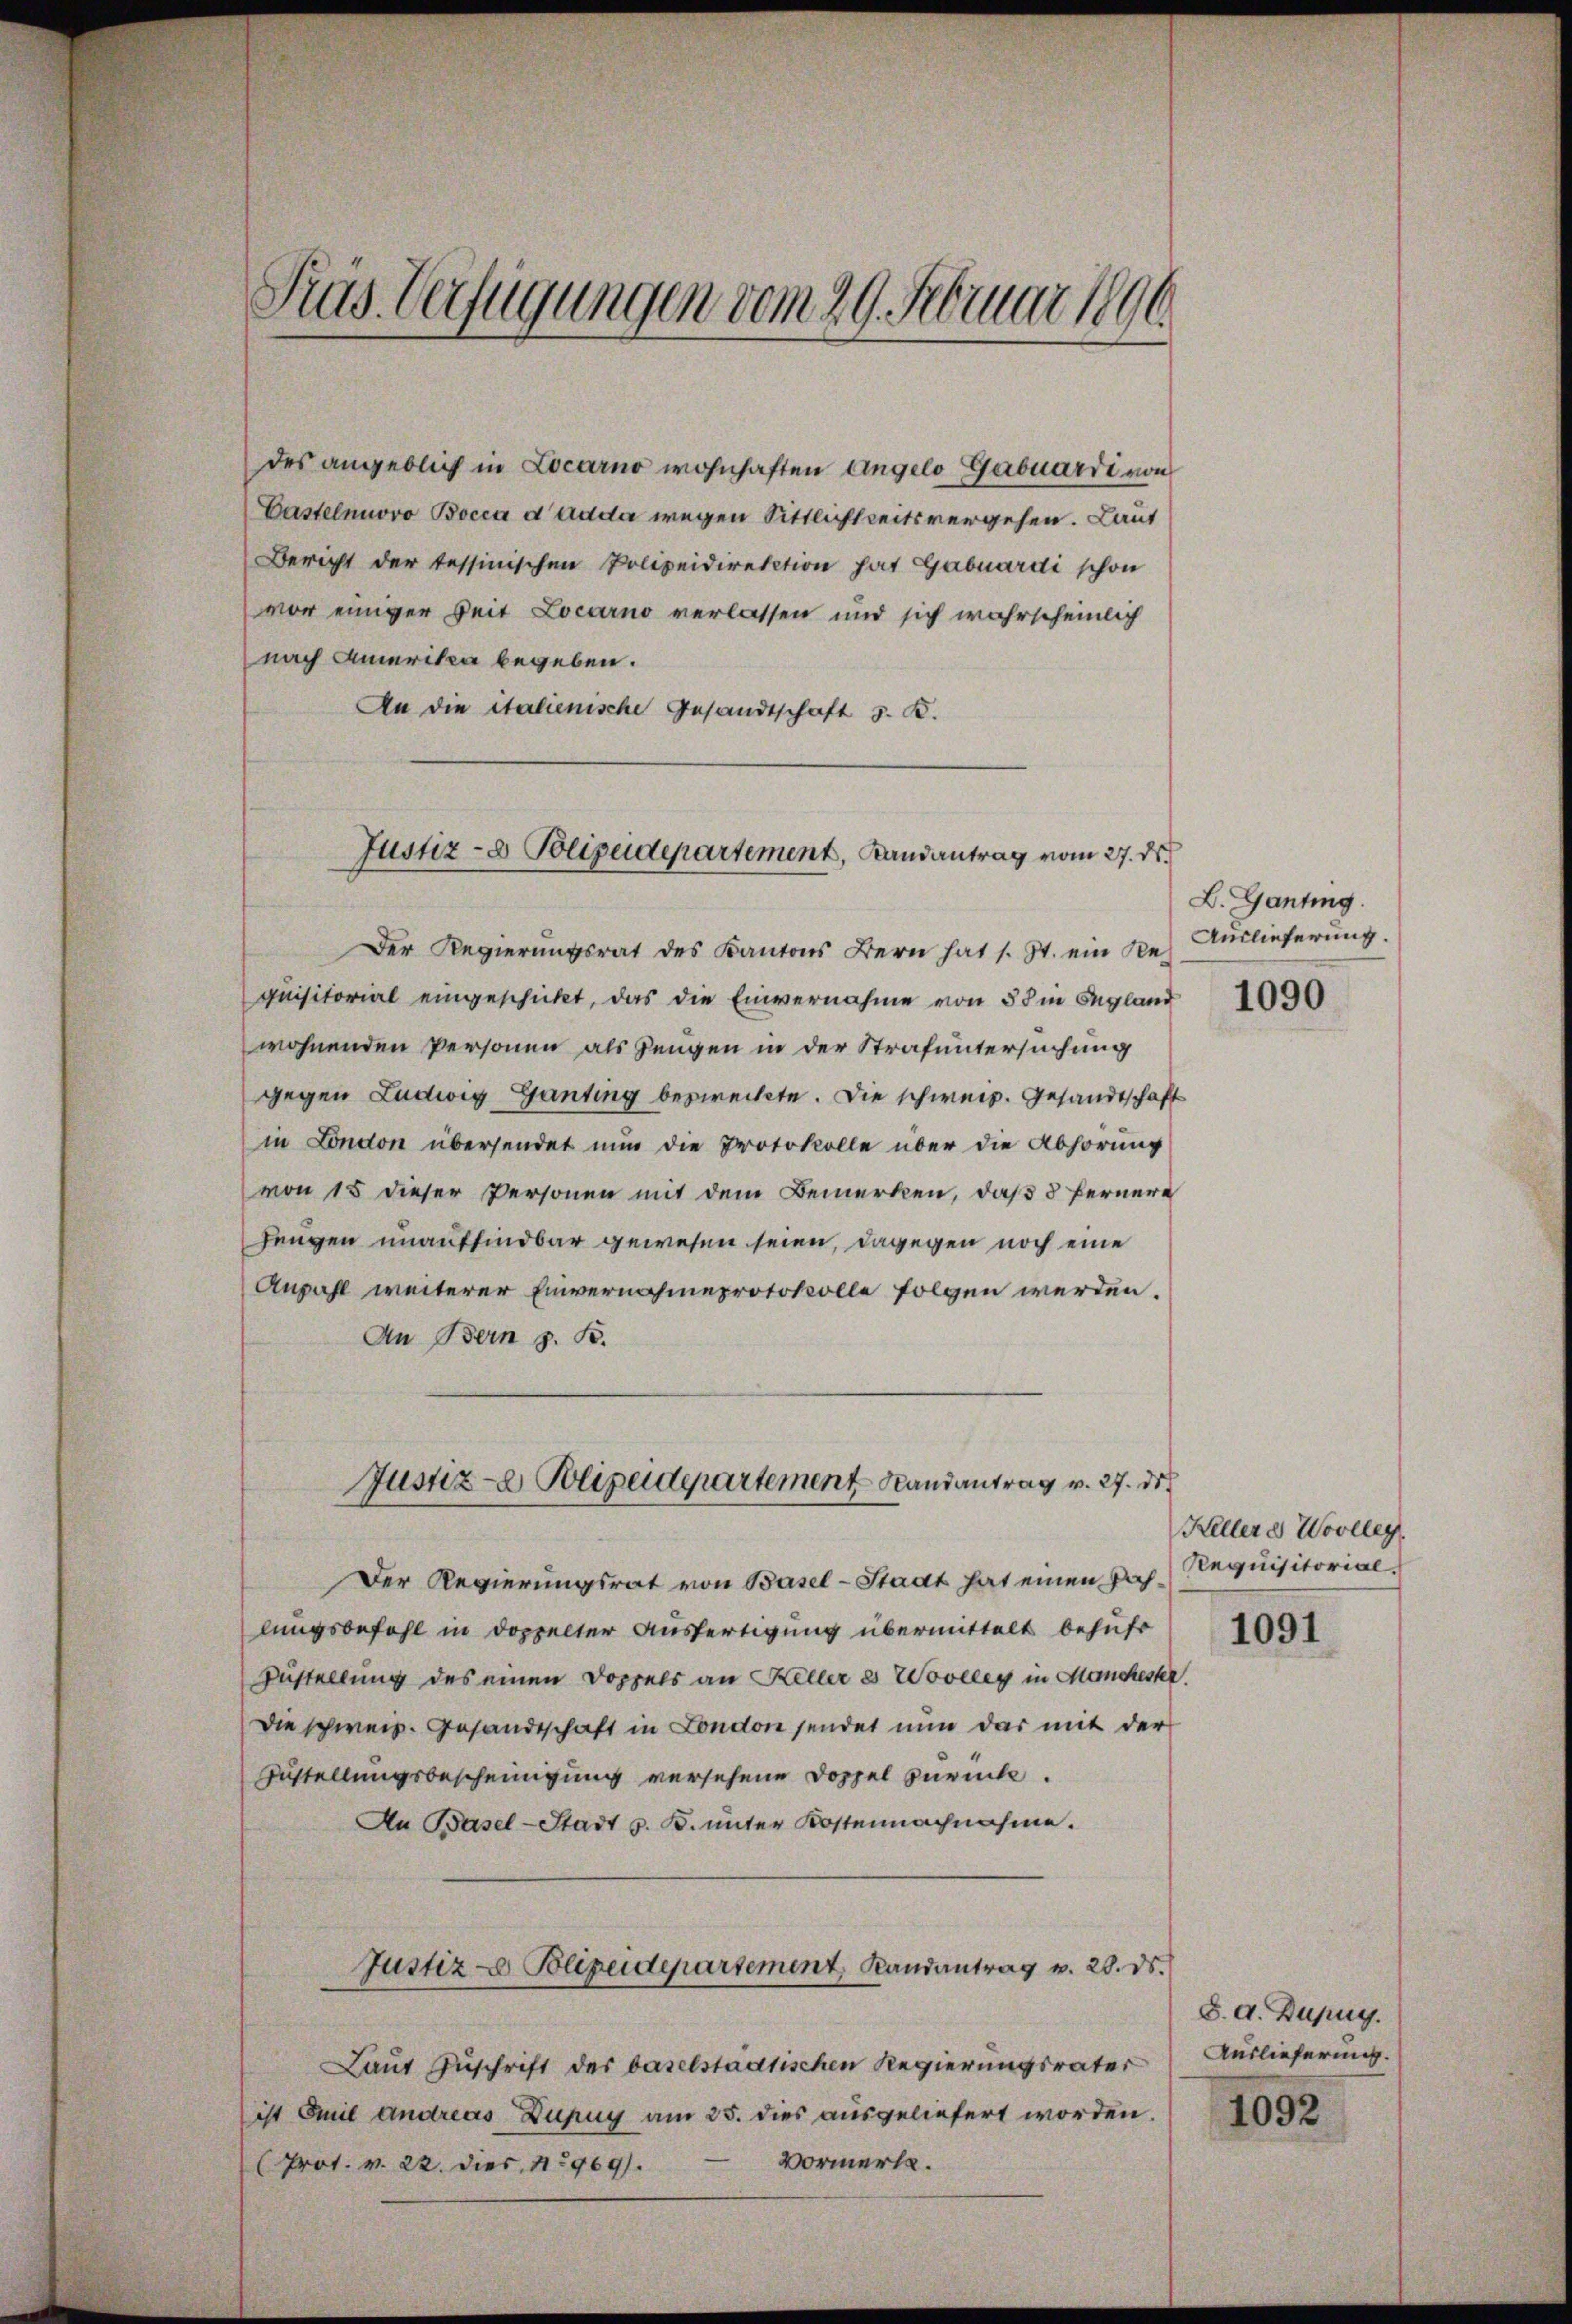
Präs. Verfügungen vom 29. Februar 1896

des angeblich in Locarno wohnhaften Angelo Gabuardi von
Castelnuovo Bocca dadda wegen Sittlichkeitsvergehen. Laut
Bericht der tessinischen Polizeidirektion hat Gabuardi schon
vor einiger Zeit Locarno verlassen und sich wahrscheinlich
nach Amerika begeben.
An die italienische Gesandtschaft 5. K.
Der Regierungsrat des Kantons Bern hat s. Zt. ein Re-
quisitorial eingeschickt, das die Einvernahme von 58 in England
wohnenden Personen als Zeugen in der Strafuntersuchung
gegen Ludwig Ganting bezweckte. Die schweiz. Gesandtschaft
in London übersendet nun die Protokolle über die Abhörung
von 15 dieser Personen mit dem Bemerken, daß 3 fernere
Jungen unauffindbar gewesen seien, dagegen noch eine
Anzahl weiterer Einvernahmeprotokolle folgen werden.
An Bern z. B.
Justiz- & Polizeidepartement Randantrag v. 27. ds.
Der Regierungsrat von Basel-Stadt hat einen Pachlungsbefehl in doppelter Ausfertigung übermittelt behufs
Zustellung des einen Doppels an Keller es Wooeley in Mancheske
Die schweiz. Gesandtschaft in London sendet nun das mit der
Zustellungsbescheinigung versehene Doppel zurück.
An Basel-Stadt z. B. unter Kostennachnahme.
Justiz - Polizeidepartement, Landantrag v. 28. ds.
Laut Zuschrift der baselstädtischen Regierungsrater
ist Emil Andreas Dupuy am 25. dies ausgeliefert worden.
Vormerke.
(Prot. v. 22. dies 15969).

Justiz- & Polizeidepartement, Landantrag vom 27. ds.

L. Ganting.
Auslieferung.

1090

Kellere Woolleg
Requisitorial.

1091

8. d. Dupug.
Auslieferung.

1092